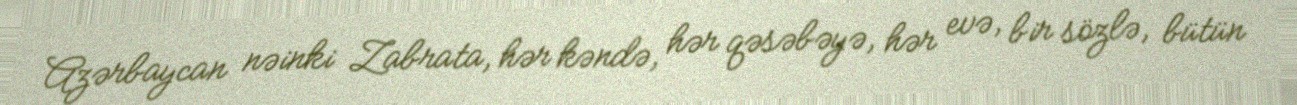
Azərbaycan nəinki Zabrata, hər kəndə, hər qəsəbəyə, hər evə, bir sözlə, bütün